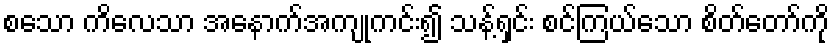
စသော ကိလေသာ အနောက်အကျုကင်း၍ သန့်ရှင်း စင်ကြယ်သော စိတ်တော်ကို